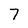
Character: 7